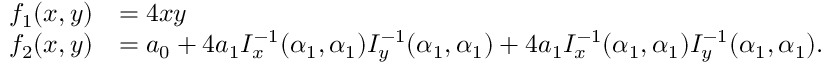
\begin{array} { r l } { f _ { 1 } ( x , y ) } & { = 4 x y } \\ { f _ { 2 } ( x , y ) } & { = a _ { 0 } + 4 a _ { 1 } I _ { x } ^ { - 1 } ( \alpha _ { 1 } , \alpha _ { 1 } ) I _ { y } ^ { - 1 } ( \alpha _ { 1 } , \alpha _ { 1 } ) + 4 a _ { 1 } I _ { x } ^ { - 1 } ( \alpha _ { 1 } , \alpha _ { 1 } ) I _ { y } ^ { - 1 } ( \alpha _ { 1 } , \alpha _ { 1 } ) . } \end{array}